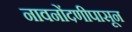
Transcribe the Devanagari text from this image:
नावनोंदणीपासून